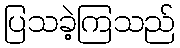
ပြသခဲ့ကြသည်